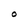
Character: O